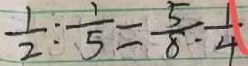
\frac { 1 } { 2 } : \frac { 1 } { 5 } = \frac { 5 } { 8 } : \frac { 1 } { 4 }